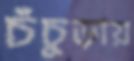
চঁচুড়ায়